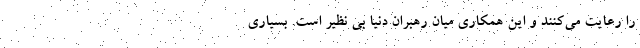
را رعایت می‌کنند و این همکاری میان رهبران دنیا بی نظیر است. بسیاری